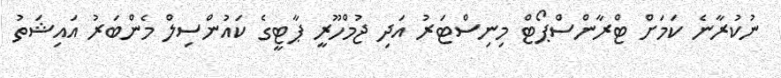
ނުކުރާނެ ކަމަށް ޓްރާންސްޕޯޓް މިނިސްޓަރު އަދި ޖުމްހޫރީ ޕާޓީގެ ކައުންސިލް މެންބަރު އައިޝަތު